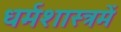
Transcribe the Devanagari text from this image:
धर्मशास्त्रमें